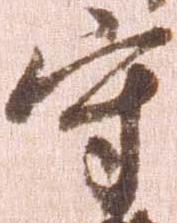
守